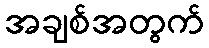
အချစ်အတွက်